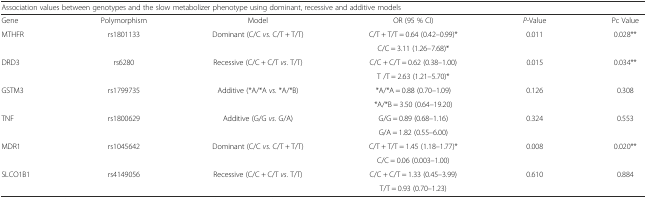
<table><thead><tr><td colspan="6"><b>Association values between genotypes and the slow metabolizer phenotype using dominant, recessive and additive models</b></td></tr></thead><tbody><tr><td>Gene</td><td>Polymorphism</td><td>Model</td><td>OR (95 % CI)</td><td><i>P</i>-Value</td><td>Pc Value</td></tr><tr><td>MTHFR</td><td>rs1801133</td><td>Dominant (C/C <i>vs</i>. C/T + T/T)</td><td>C/T + T/T = 0.64 (0.42–0.99)*</td><td>0.011</td><td>0.028**</td></tr><tr><td></td><td></td><td></td><td>C/C = 3.11 (1.26–7.68)*</td><td></td><td></td></tr><tr><td>DRD3</td><td>rs6280</td><td>Recessive (C/C + C/T <i>vs</i>. T/T)</td><td>C/C + C/T = 0.62 (0.38–1.00)</td><td>0.015</td><td>0.034**</td></tr><tr><td></td><td></td><td></td><td>T /T = 2.63 (1.21–5.70)*</td><td></td><td></td></tr><tr><td>GSTM3</td><td>rs1799735</td><td>Additive (*A/*A <i>vs</i>. *A/*B)</td><td>*A/*A = 0.88 (0.70–1.09)</td><td>0.126</td><td>0.308</td></tr><tr><td></td><td></td><td></td><td>*A/*B = 3.50 (0.64–19.20)</td><td></td><td></td></tr><tr><td>TNF</td><td>rs1800629</td><td>Additive (G/G <i>vs</i>. G/A)</td><td>G/G = 0.89 (0.68–1.16)</td><td>0.324</td><td>0.553</td></tr><tr><td></td><td></td><td></td><td>G/A = 1.82 (0.55–6.00)</td><td></td><td></td></tr><tr><td>MDR1</td><td>rs1045642</td><td>Dominant (C/C <i>vs</i>. C/T + T/T)</td><td>C/T + T/T = 1.45 (1.18–1.77)*</td><td>0.008</td><td>0.020**</td></tr><tr><td></td><td></td><td></td><td>C/C = 0.06 (0.003–1.00)</td><td></td><td></td></tr><tr><td>SLCO1B1</td><td>rs4149056</td><td>Recessive (C/C + C/T <i>vs</i>. T/T)</td><td>C/C + C/T = 1.33 (0.45–3.99)</td><td>0.610</td><td>0.884</td></tr><tr><td></td><td></td><td></td><td>T/T = 0.93 (0.70–1.23)</td><td></td><td></td></tr></tbody></table>